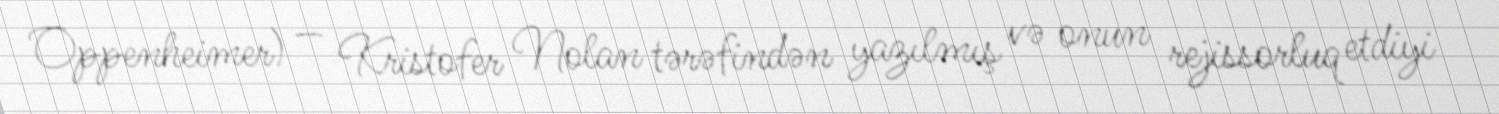
Oppenheimer) — Kristofer Nolan tərəfindən yazılmış və onun rejissorluq etdiyi